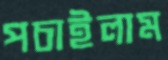
পচাইলাম